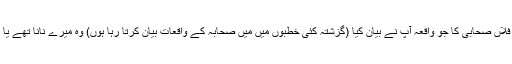
بلکہ بعض مجھے بھی بتائیں گے کہ فلاں صحابی کا جو واقعہ آپ نے بیان کیا (گزشتہ کئی خطبوں میں مَیں صحابہ کے واقعات بیان کرتا رہا ہوں) وہ میرے نانا تھے یا پڑنانا تھے یا دادا تھے یا پڑدادا تھے۔